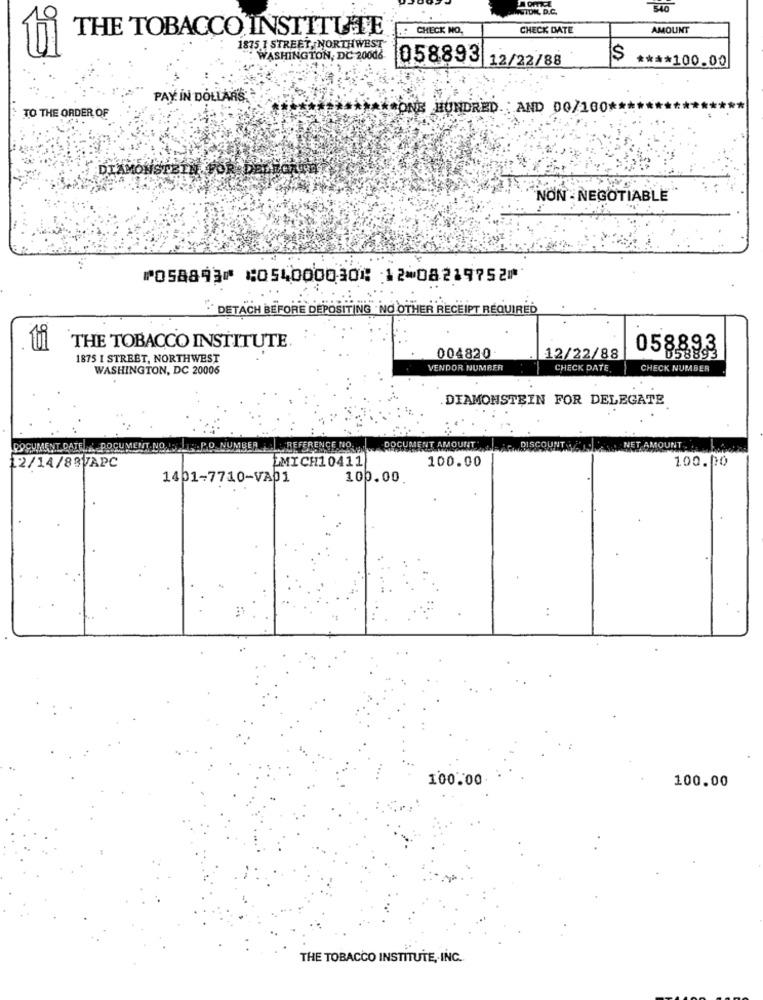
STDNL D.C.
540
THE TOBACCO INSTITUTE
.: CHECK NO.
CHECK DATE
AMOUNT
1875 1 STREET, NORTHWEST
WASHINGTON, DC-20006
$
**** 100.00
058893 12/22/88
PAY IN DOLLARS:
CONE HUNDRED .; AND 00/100 ****
TO THE ORDER OF
DIXMÒÍ
NON - NEGOTIABLE
⑈058893⑈ ⑆054000030⑆ 12⑉08219752⑈
DETACH BEFORE DEPOSITING . NO OTHER RECEIPT REQUIRED
ti
THE TOBACCO INSTITUTE
058893
1875 I STREET, NORTHWEST
004820
12/22/88
858893
WASHINGTON, DC 20006
VENDOR NUMBER
CHECK DATE.
CHECK NUMBER
DIAMONSTEIN FOR DELEGATE
REFERENCE NO.
NT AMOUNT
UNT ..
LMICH10411
100.00
12/14/83VAPC
100.00
1401-7710-VA01
100.00
:
100.00
100.00
THE TOBACCO INSTITUTE, INC.